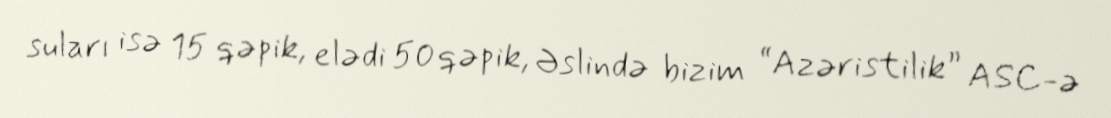
suları isə 15 qəpik, elədi 50 qəpik, Əslində bizim “Azəristilik” ASC-ə